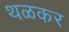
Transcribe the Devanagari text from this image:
थळकर